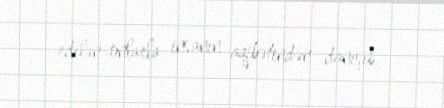
edilən onlarla insanın aqibətindən danışıb.